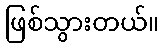
ဖြစ်သွားတယ်။